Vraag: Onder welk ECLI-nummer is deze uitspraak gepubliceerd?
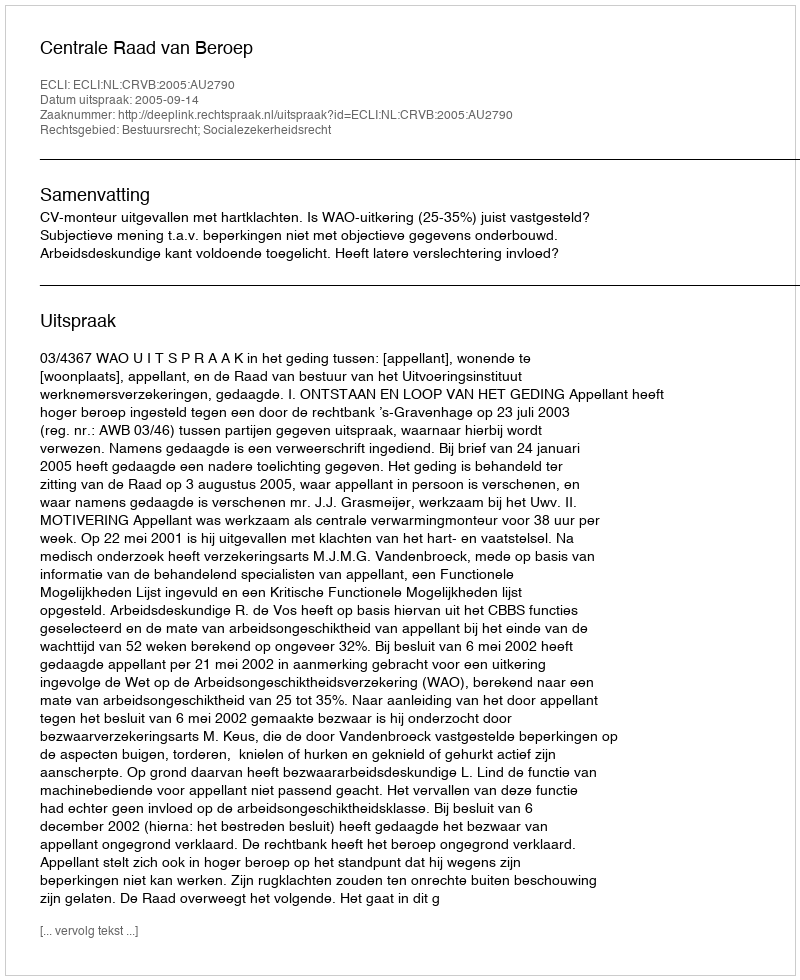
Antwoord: ECLI:NL:CRVB:2005:AU2790